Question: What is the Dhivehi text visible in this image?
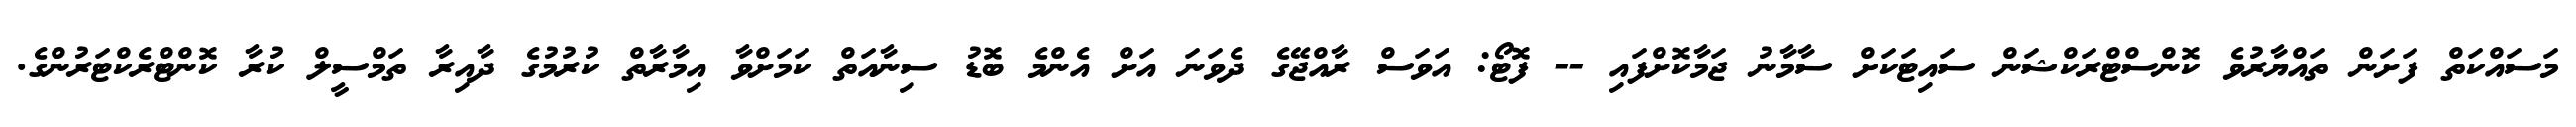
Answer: މަސައްކަތް ފަށަން ތައްޔާރުވެ ކޮންސްޓްރަކްޝަން ސައިޓަކަށް ސާމާނު ޖަމާކޮށްފައި -- ފޮޓޯ: އަވަސް ރާއްޖޭގެ ދެވަނަ އަށް އެންމެ ބޮޑު ސިނާއަތް ކަމަށްވާ އިމާރާތް ކުރުމުގެ ދާއިރާ ތަމްސީލް ކުރާ ކޮންޓްރެކްޓަރުންގެ.